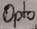
Text: Opto